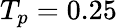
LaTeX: T_{p}=0.25